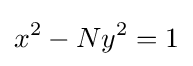
x^{2}-Ny^{2}=1